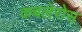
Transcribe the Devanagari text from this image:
कबलेरोस